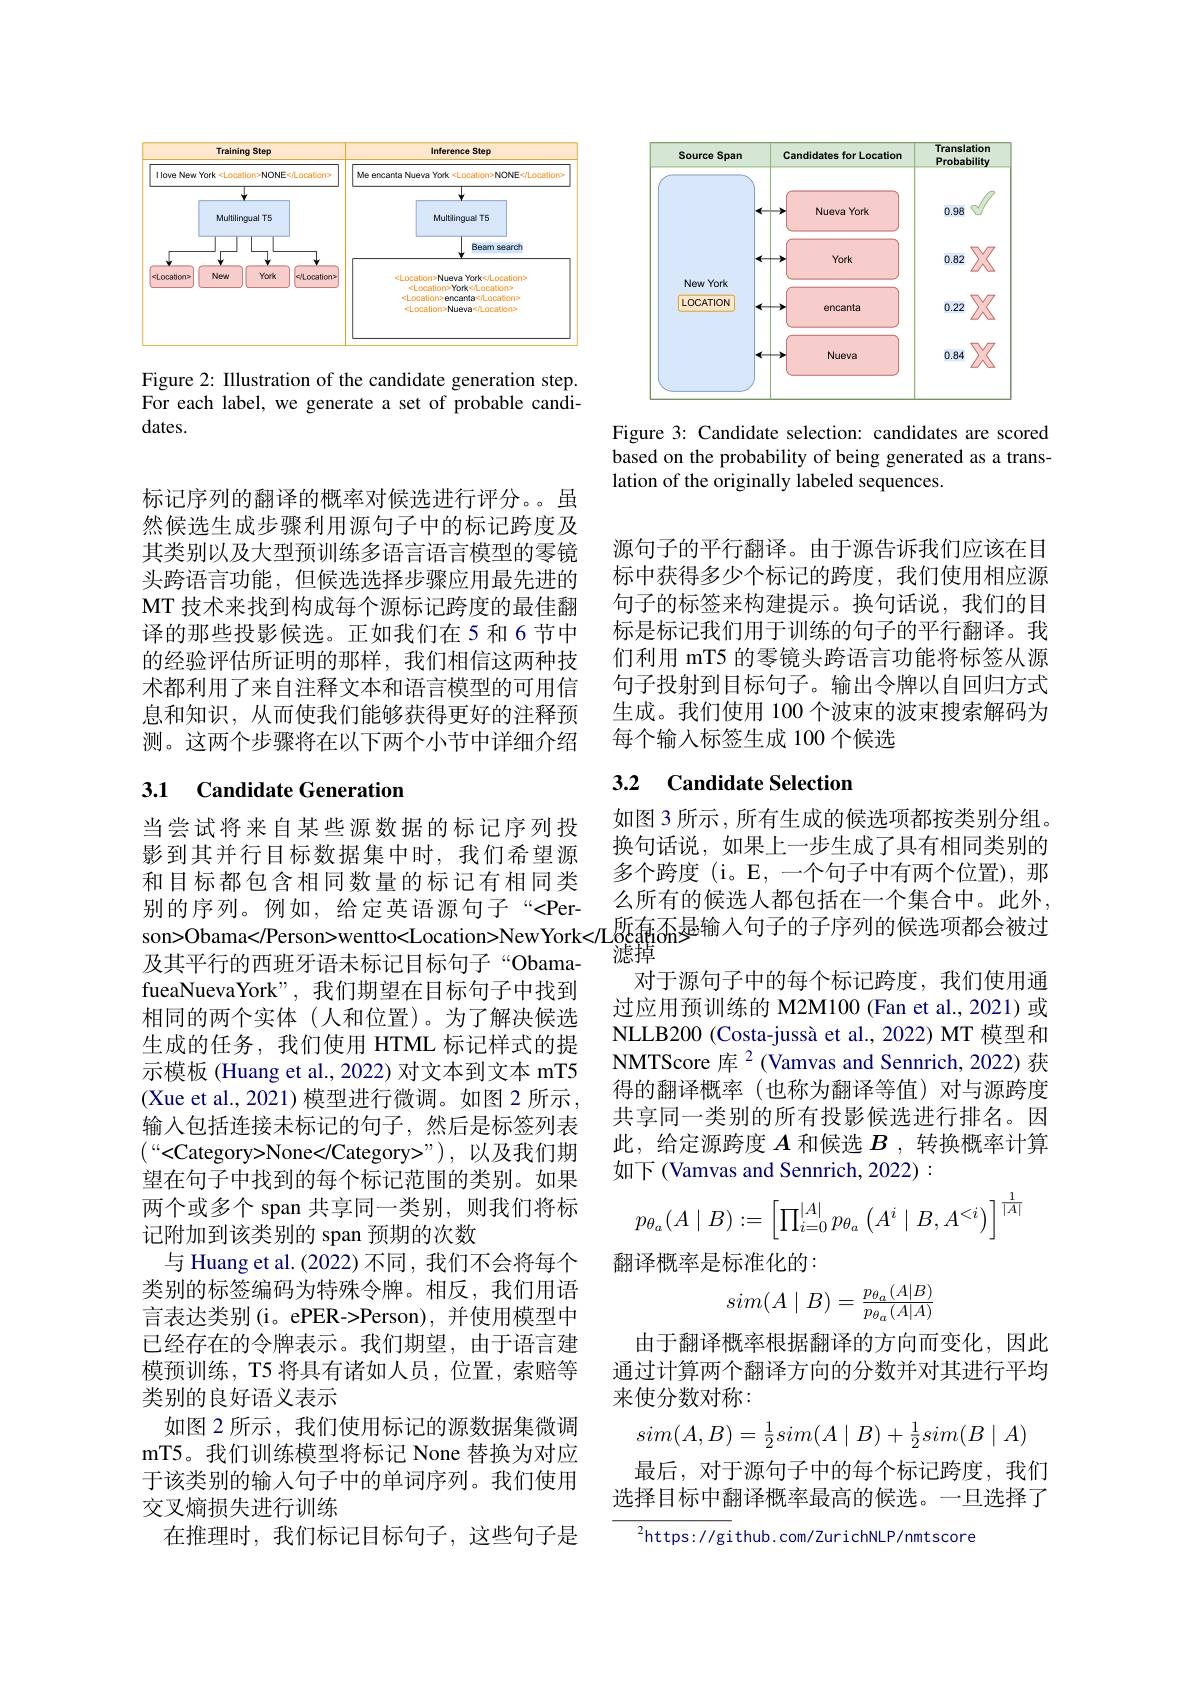
<FigureHere>

Figure 2: Illustration of the candidate generation step. For each label, we generate a set of probable candidates.

标记序列的翻译的概率对候选进行评分。虽然候选生成步骤利用源句子中的标记跨度及其类别以及大型预训练多语言语言模型的零镜头跨语言功能，但候选选择步骤应用最先进的MT 技术来找到构成每个源标记跨度的最佳翻译的那些投影候选。正如我们在 5 和 6 节中的经验评估所证明的那样，我们相信这两种技术都利用了来自注释文本和语言模型的可用信息和知识，从而使我们能够获得更好的注释预测。这两个步骤将在以下两个小节中详细介绍

## 3.1 Candidate Generation

当尝试将来自某些源数据的标记序列投影到其并行目标数据集中时，我们希望源和目标都包含相同数量的标记有相同类别的序列。例如，给定英语源句子“<Per及其平行的西班牙语未标记目标句子“ObamafueaNuevaYork", 我们期望在目标句子中找到相同的两个实体(人和位置)。为了解决候选生成的任务，我们使用 HTML 标记样式的提示模板 (Huang et al., 2022) 对文本到文本 mT5 (Xue et al., 2021)模型进行微调。如图 2 所示， 输入包括连接未标记的句子，然后是标签列表$\left(“<\mathrm{Category>None</Category>"}\right)$,以及我们期望在句子中找到的每个标记范围的类别。如果两个或多个 span 共享同一类别，则我们将标记附加到该类别的 span 预期的次数
与 Huang et al. (2022) 不同，我们不会将每个类别的标签编码为特殊令牌。相反，我们用语言表达类别(i。ePER->Person),并使用模型中已经存在的令牌表示。我们期望，由于语言建模预训练，T5 将具有诸如人员，位置，索赔等类别的良好语义表示
如图 2 所示，我们使用标记的源数据集微调mT5。我们训练模型将标记 None 替换为对应于该类别的输入句子中的单词序列。我们使用交叉熵损失进行训练
在推理时，我们标记目标句子，这些句子是

<FigureHere>

Figure 3: Candidate selection: candidates are scored based on the probability of being generated as a translation of the originally labeled sequences.

源句子的平行翻译。由于源告诉我们应该在目标中获得多少个标记的跨度，我们使用相应源句子的标签来构建提示。换句话说，我们的目标是标记我们用于训练的句子的平行翻译。我们利用 mT5 的零镜头跨语言功能将标签从源句子投射到目标句子。输出令牌以自回归方式生成。我们使用 100 个波束的波束搜索解码为每个输入标签生成 100 个候选

## 3.2 Candidate Selection

如图 3 所示，所有生成的候选项都按类别分组。换句话说，如果上一步生成了具有相同类别的多个跨度(i。E,一个句子中有两个位置),那么所有的候选人都包括在一个集合中。此外，
别 的 序 列 。例 如 , 给 定 英 语 源 句 子 “ < Per- son> Obama< / Person> wentto< Location> NewYork< 几 貶 有 盃 是 输 入 句 子 的 子 序 列 的 候 选 项 都 会 被 过 及 甘 平 行 的 而 班 牙 语 未 标 记 目 标 向 子 “ Obama. “
对于源句子中的每个标记跨度，我们使用通过应用预训练的 M2M100 (Fan et al., 2021) 或NLLB200 (Costa-jussà et al., 2022) MT 模型和NMTScore 库$^{2}$(Vamvas and Sennrich, 2022) 获得的翻译概率(也称为翻译等值)对与源跨度共享同一类别的所有投影候选进行排名。因此，给定源跨度$A$和候选$B$ ,转换概率计算如下 (Vamvas and Sennrich, 2022) :
$$p_{\theta_a}(A\mid B):=\begin{bmatrix}\prod_{i=0}^{|A|}p_{\theta_a}\left(A^i\mid B,A^{<i}\right)\end{bmatrix}^{\frac{1}{|A|}}$$
翻译概率是标准化的：
$$sim(A\mid B)=\frac{p_{\theta_a}(A\mid B)}{p_{\theta_a}(A\mid A)}$$
由于翻译概率根据翻译的方向而变化，因此通过计算两个翻译方向的分数并对其进行平均来使分数对称：
$$sim(A,B)=\frac{1}{2}sim(A\mid B)+\frac{1}{2}sim(B\mid A)$$
最后，对于源句子中的每个标记跨度，我们选择目标中翻译概率最高的候选。一旦选择了

$^{2}$https: / / gi thub. com/ ZurichNLP/ nmtscore